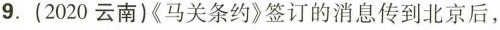
9.(2020云南)《马关条约》签订的消息传到北京后，